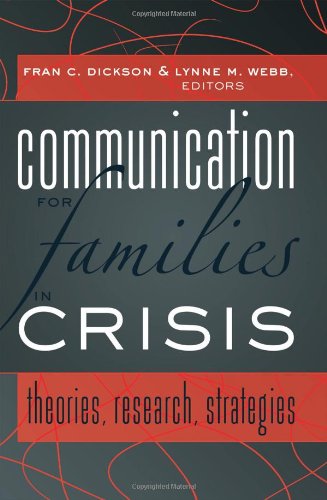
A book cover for Communication for Families in Crisis: Theories, Research, Strategies; Law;